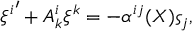
{ \xi ^ { i } } ^ { \prime } + A _ { k } ^ { i } \xi ^ { k } = - \alpha ^ { i j } ( X ) \varsigma _ { j } ,